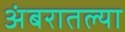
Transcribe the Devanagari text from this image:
अंबरातल्या